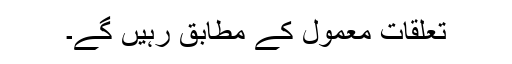
تعلقات معمول کے مطابق رہیں گے۔